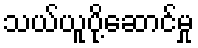
သယ်ယူပို့ဆောင်မှု